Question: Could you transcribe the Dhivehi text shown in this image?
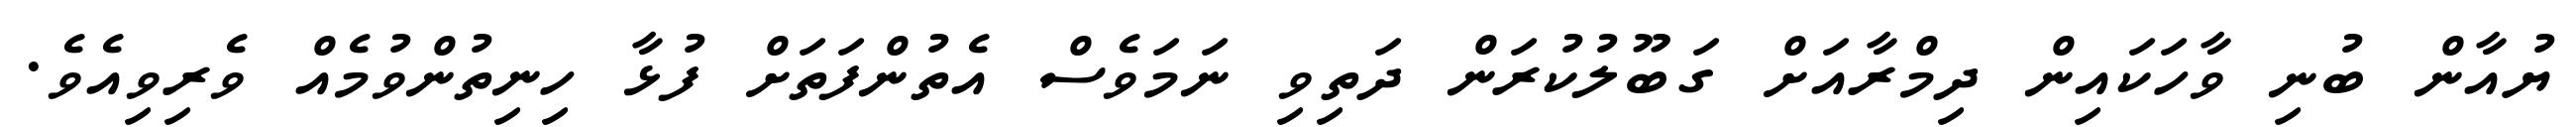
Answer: ޔުއާން ބުނި ވާހަކައިން ދިމްރާއަށް ގަބޫލުކުރަން ދަތިވި ނަމަވެސް އެތުންފަތަށް ފުޅާ ހިނިތުންވުމެއް ވެރިވިއެވެ.